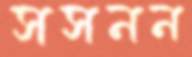
সসনন